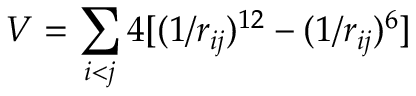
V = \sum _ { i < j } 4 [ ( 1 / r _ { i j } ) ^ { 1 2 } - ( 1 / r _ { i j } ) ^ { 6 } ]